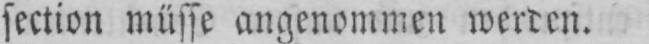
section müsse angenommen werden.